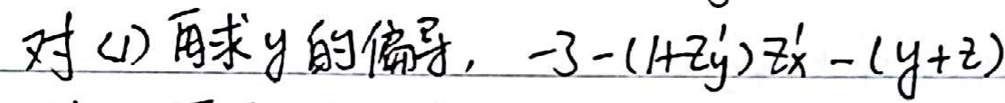
对(1)求\(y\)的偏导，\(-3-(1+z_{y}^{'})z_{x}^{'}-(y+z)